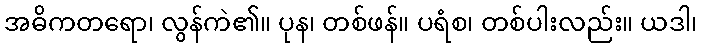
အဓိကတရော၊ လွန်ကဲ၏။ ပုန၊ တစ်ဖန်။ ပရံစ၊ တစ်ပါးလည်း။ ယဒါ၊